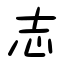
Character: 志